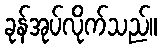
ခုန်အုပ်လိုက်သည်။